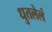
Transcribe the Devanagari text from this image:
धुतलेलं